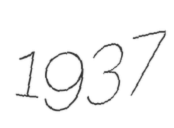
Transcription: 1937